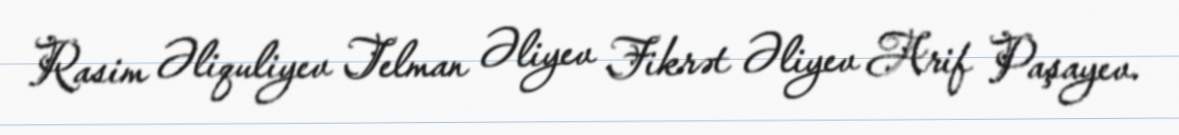
Rasim Əliquliyev Telman Əliyev Fikrət Əliyev Arif Paşayev.